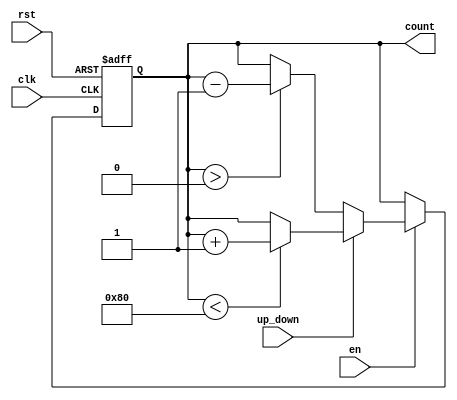
module up_down_counter #(
    parameter N = 8  // Parameter defining the bit-width of the counter
)(
    input wire clk,          // Clock signal
    input wire rst,          // Asynchronous reset signal
    input wire en,           // Enable signal for counting
    input wire up_down,      // Up/Down control signal
    output reg [N-1:0] count // N-bit output count
);

// Asynchronous reset logic
always @(posedge clk or posedge rst) begin
    if (rst) begin
        count <= 0;  // Reset the counter to 0
    end
    else if (en) begin
        if (up_down) begin
            if (count < {1'b1, {N-1{1'b0}}}) begin // Check for maximum value (2^N - 1)
                count <= count + 1; // Count up
            end
        end
        else begin
            if (count > 0) begin // Check for minimum value (0)
                count <= count - 1; // Count down
            end
        end
    end
end

endmodule